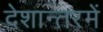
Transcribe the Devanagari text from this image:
देशान्तरमें